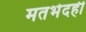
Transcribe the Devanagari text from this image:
मतभेदही